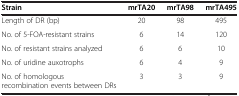
<table><thead><tr><td><b>Strain</b></td><td><b>mrTA20</b></td><td><b>mrTA98</b></td><td><b>mrTA495</b></td></tr></thead><tbody><tr><td>Length of DR (bp)</td><td>20</td><td>98</td><td>495</td></tr><tr><td>No. of 5-FOA-resistant strains</td><td>6</td><td>14</td><td>120</td></tr><tr><td>No. of resistant strains analyzed</td><td>6</td><td>6</td><td>10</td></tr><tr><td>No. of uridine auxotrophs</td><td>6</td><td>4</td><td>9</td></tr><tr><td>No. of homologous recombination events between DRs</td><td>3</td><td>3</td><td>9</td></tr></tbody></table>